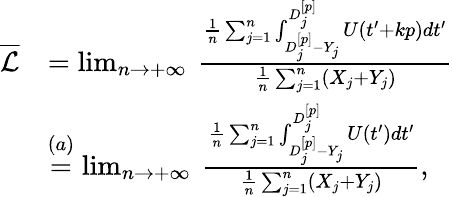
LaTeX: \begin{array}{rl}{\overline{{\mathcal{L}}}}&{=\operatorname*{lim}_{n\to+\infty}\: \frac{\frac{1}{n}\sum_{j=1}^{n}\int_{D_{j}^{[p]}-Y_{j}}^{D_{j}^{[p]}}U(t^{\prime}+kp)dt^{\prime}}{\frac{1}{n}\sum_{j=1}^{n}(X_{j}+Y_{j})}}\\ &{\overset{(a)}{=}\operatorname*{lim}_{n\to+\infty}\: \frac{\frac{1}{n}\sum_{j=1}^{n}\int_{D_{j}^{[p]}-Y_{j}}^{D_{j}^{[p]}}U(t^{\prime})dt^{\prime}}{\frac{1}{n}\sum_{j=1}^{n}(X_{j}+Y_{j})},}\end{array}